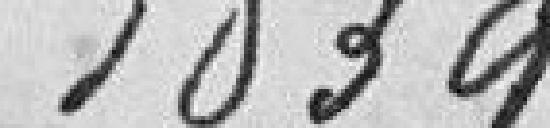
1839